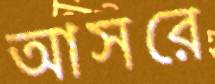
আসরে